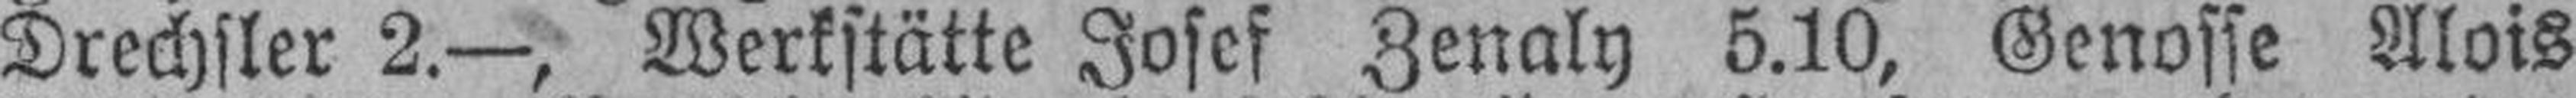
Drechsler 2.—, Werkstätte Josef Zenaly 5.10, Genosse Alois